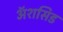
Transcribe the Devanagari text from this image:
ॲशसिड